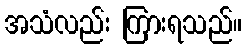
အသံလည်း ကြားရသည်။